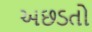
અછડતો